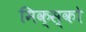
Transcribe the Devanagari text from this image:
मिक्स्को